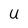
Character: U